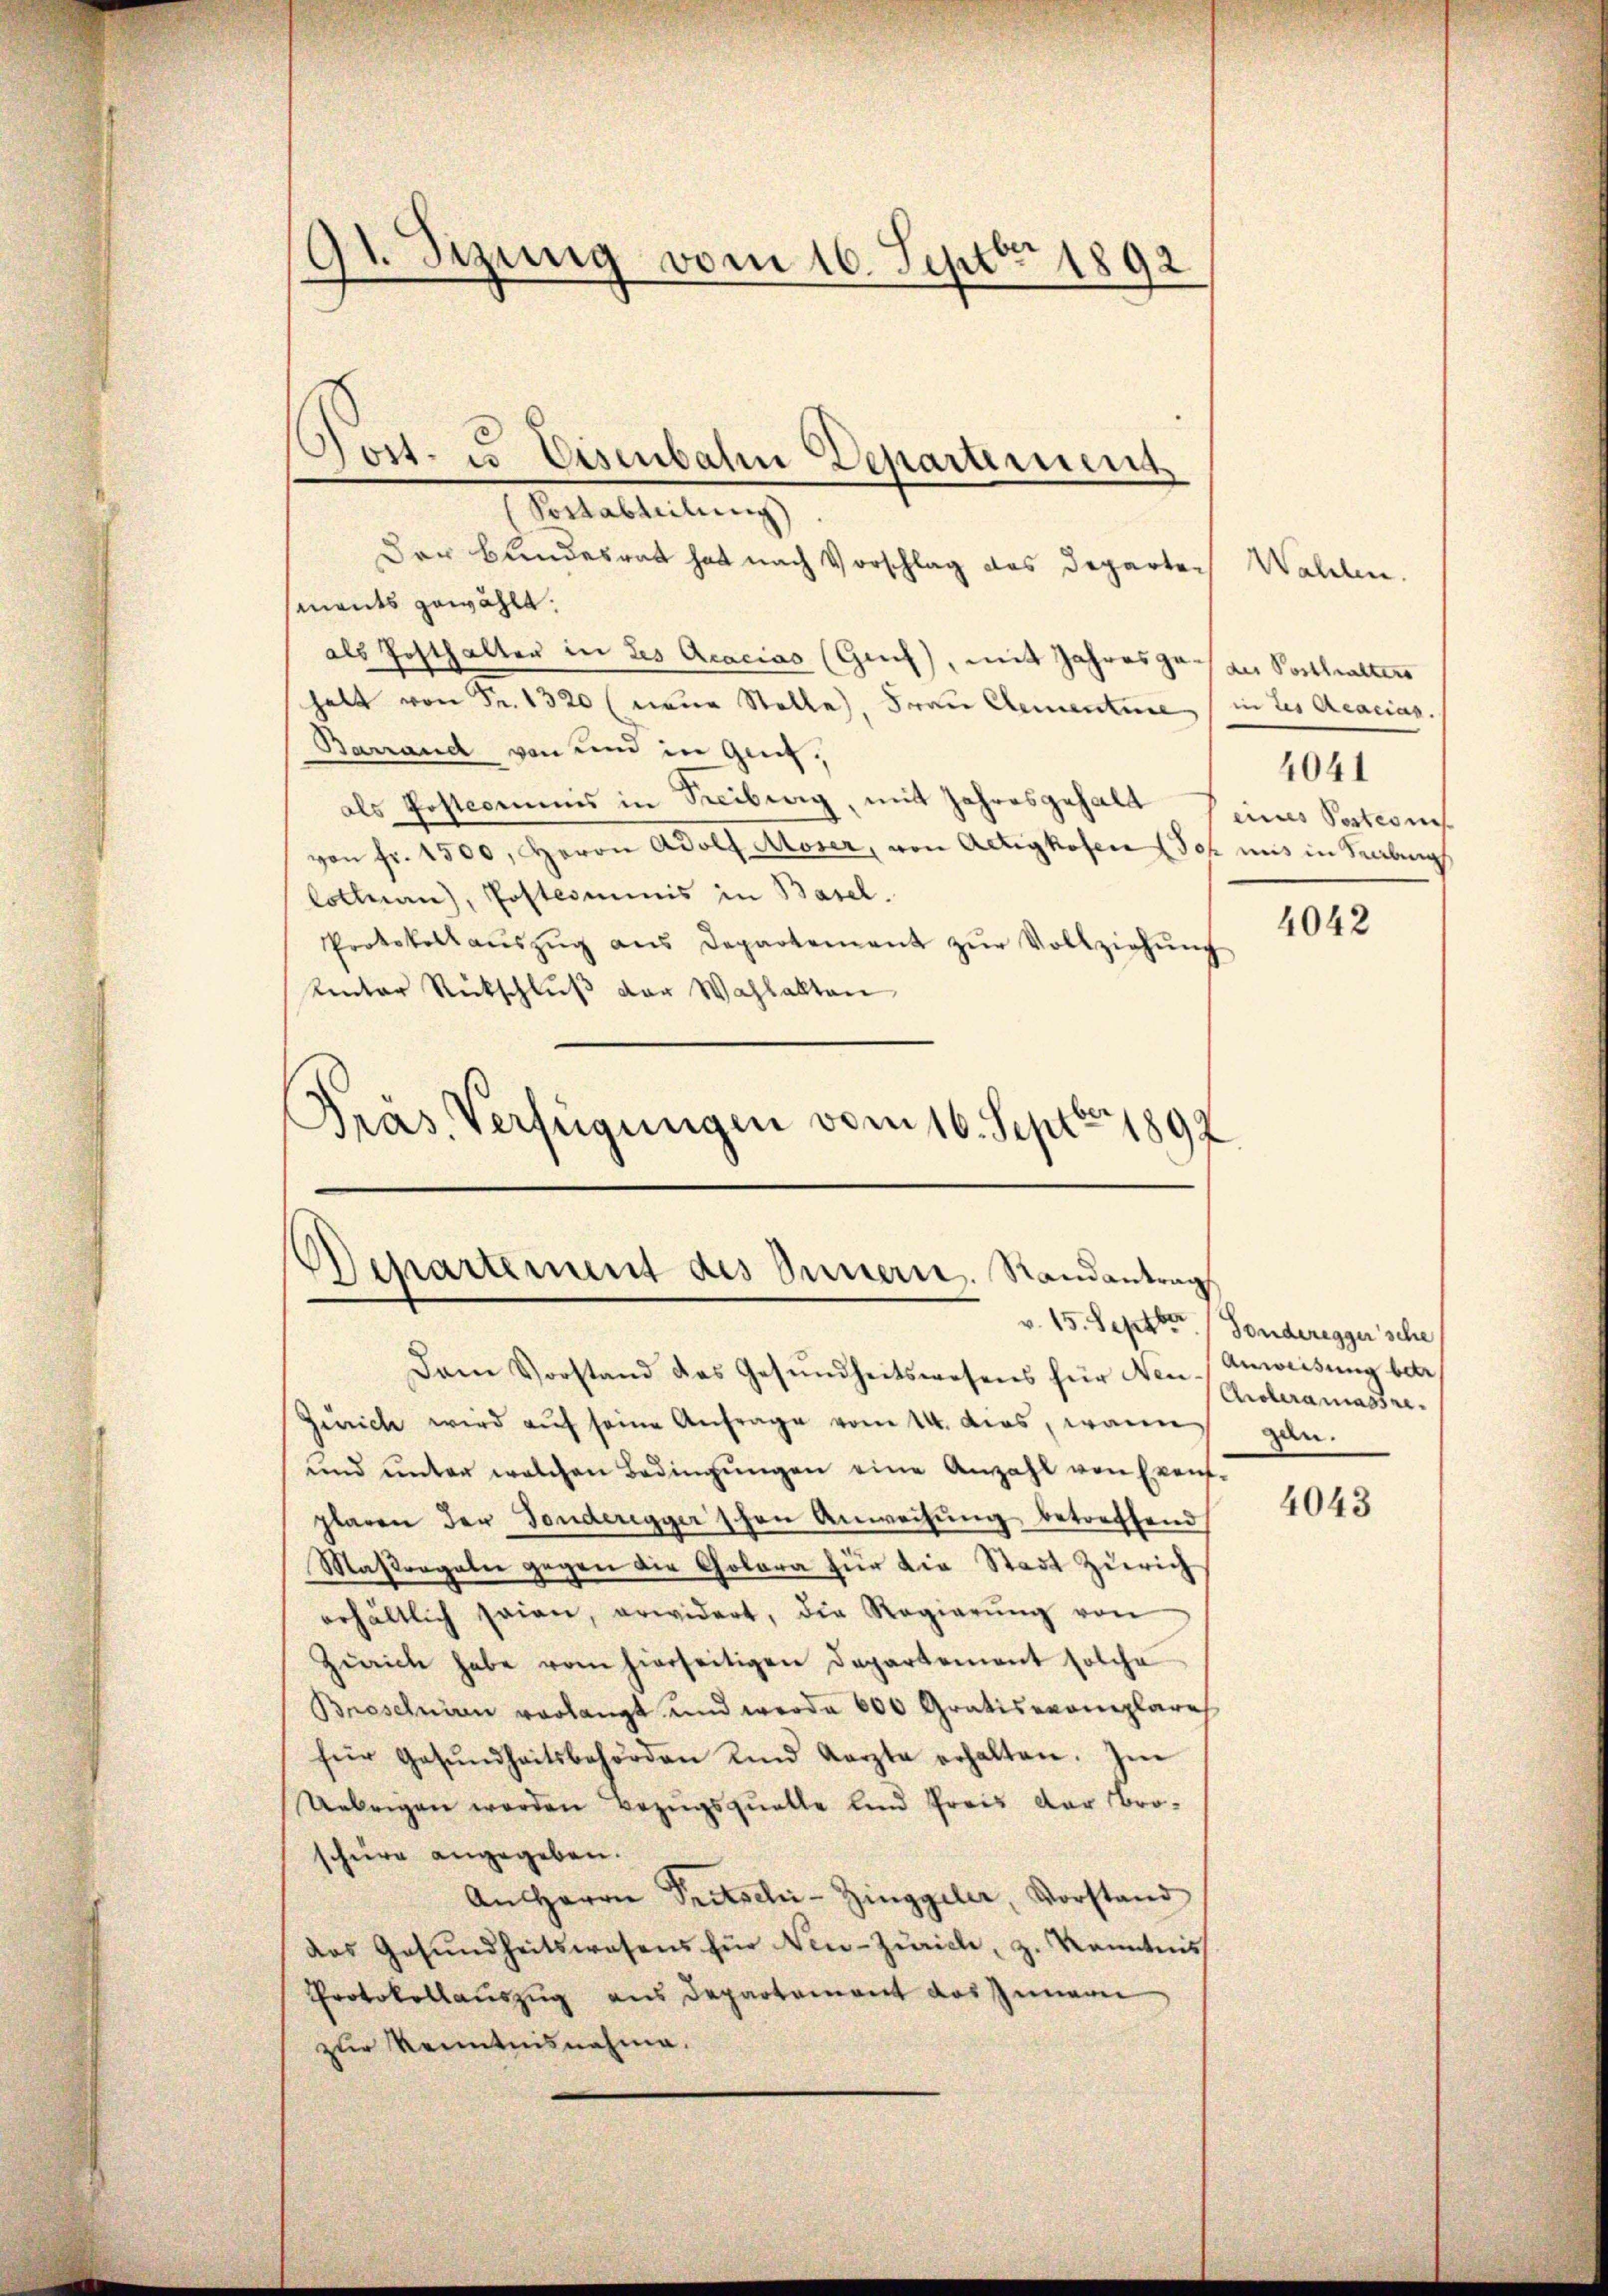
91. Sizung vom 16. Septbr 1892
f
2

Post. u. Eisenbahn Departement
(Portabteilung
Der Bundesrath hat nach Vorschlag des Departen Walden.
mants gewählt.
als Posthalter in des Acacias (Grch), mit Jahresgasser Posthalters
halt von Fr. 1320 (neue Stelle), Frau Clementure, (in des Acacias.
Barrand von und in Genf,
als Postcommis in Treiburg, mit Jahresgehalt seines Postens
von fr. 1500, Herrn Adolf Moser, von Actigkofen (Ich uns in Verbung
Cottnau), Postcommis in Basel.
4042
Protokollaŭszŭg aŭs Departement zŭr Vollziehŭng
Unter Rückschluß der Wahlakten
Präs. Verfügungen vom 16. Septbr. 1892

Departement des Innern. Randantrag

Dam Vorstand das Gesŭndheitswesens für Neu-
Zürich wird auf seine Anfrage vom 14. dies, wann
und unter welchen Bedingŭngen eine Anzahl von Event.
plaren der Fonderegger schon Anweisŭng betreffend
Maßregeln gegen die Cholera für die Stadt Zürich
erhältlich seien, erwidert, die Regierŭng von
Zürich habe vom hierseitigen Departement solche
Broschnin verlangt und werde 600 Gratisexemplares
für Gesŭndheitsbehörden und Karzte erhalten. Im
Uebrigen werden Bezugsquelle und Preis der Bro-
schüre angegeben.
An Herrn Pritschi-Zinggeler, Vorstand
das Gesundheitswesens für Neu-Zürich, z. Kenntnis
Protokollauszug aus Departement das Innern
zur Kenntnisnahme.

v. 15. Septbr. / Sonderegger’sche

4041

Anweisung betr
Aroleramassregan.

4043